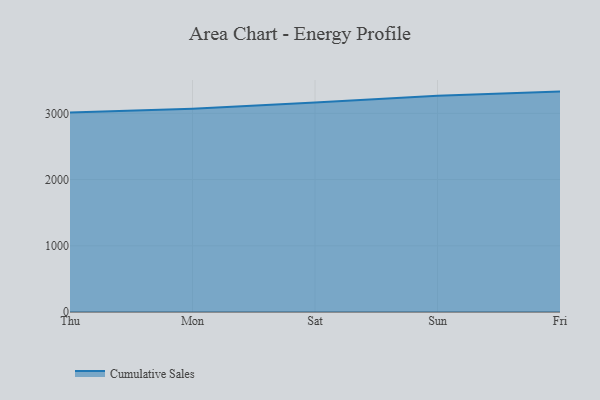
{"axis": {"x": "Day", "y": "Operating Costs (USD K)"}, "legend": ["Cumulative Sales"], "data": [{"x": "Thu", "y": 3012.4, "type": "Cumulative Sales"}, {"x": "Mon", "y": 3069.0, "type": "Cumulative Sales"}, {"x": "Sat", "y": 3163.3, "type": "Cumulative Sales"}, {"x": "Sun", "y": 3265.3, "type": "Cumulative Sales"}, {"x": "Fri", "y": 3328.8, "type": "Cumulative Sales"}]}